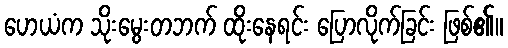
ဟေယံက သိုးမွေးတဘက် ထိုးနေရင်း ပြောလိုက်ခြင်း ဖြစ်၏။